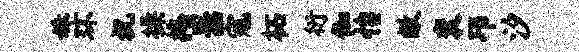
姝环祝操掩器寇柘衍伽怡敝衮邛汐